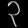
Digit: ၃